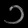
Digit: ၁